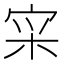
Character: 𫳍